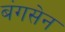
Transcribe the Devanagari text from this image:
बंगसेन